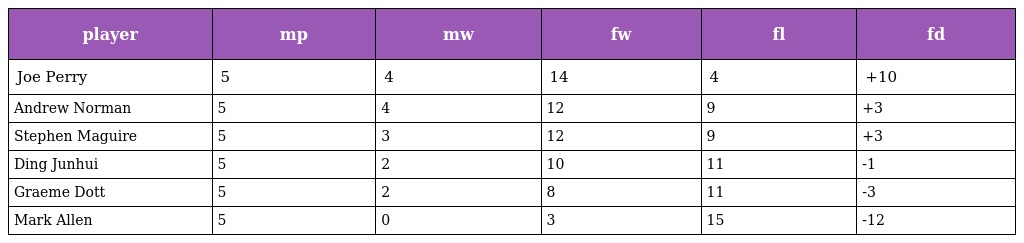
| player | mp | mw | fw | fl | fd |
 | --- | --- | --- | --- | --- | --- |
 | Joe Perry | 5 | 4 | 14 | 4 | +10 |
 | Andrew Norman | 5 | 4 | 12 | 9 | +3 |
 | Stephen Maguire | 5 | 3 | 12 | 9 | +3 |
 | Ding Junhui | 5 | 2 | 10 | 11 | -1 |
 | Graeme Dott | 5 | 2 | 8 | 11 | -3 |
 | Mark Allen | 5 | 0 | 3 | 15 | -12 |